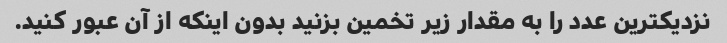
نزدیکترین عدد را به مقدار زیر تخمین بزنید بدون اینکه از آن عبور کنید.